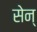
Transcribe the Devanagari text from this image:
सेन्‌